Lunatic asylums Punjab 1881-1894 - 1881-1894
Year: 1881
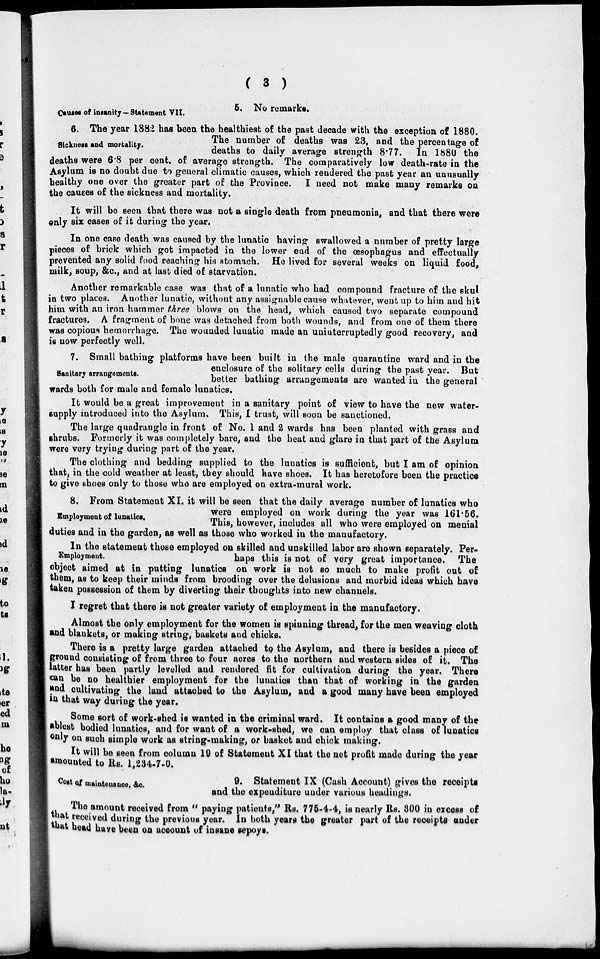
( 3 )
Causes of insanity—Statement VII.
5. No remarks.
Sickness and mortality.
6. The year 1882 has been the healthiest of the past decade with the exception of 1880.
The number of deaths was 23, and the percentage of
deaths to daily average strength 8.77. In 1880 the
deaths were 6.8 per cent. of average strength. The comparatively low death-rate in the
Asylum is no doubt due to general climatic causes, which rendered the past year an unusually
healthy one over the greater part of the Province. I need not make many remarks on
the causes of the sickness and mortality.
It will be seen that there was not a single death from pneumonia, and that there were
only six cases of it during the year.
In one case death was caused by the lunatic having swallowed a number of pretty large
pieces of brick which got impacted in the lower end of the œsophagus and effectually
prevented any solid food reaching his stomach. He lived for several weeks on liquid food,
milk, soup, &c., and at last died of starvation.
Another remarkable case was that of a lunatic who had compound fracture of the skul
in two places. Another lunatic, without any assignable cause whatever, went up to him and hit
him with an iron hammer three blows on the head, which caused two separate compound
fractures. A fragment of bone was detached from both wounds, and from one of them there
was copious hemorrhage. The wounded lunatic made an uninterruptedly good recovery, and
is now perfectly well.
Sanitary arrangements.
7. Small bathing platforms have been built in the male quarantine ward and in the
enclosure of the solitary cells during the past year. But
better bathing arrangements are wanted in the general
wards both for male and female lunatics.
It would be a great improvement in a sanitary point of view to have the new water-
supply introduced into the Asylum. This, I trust, will soon be sanctioned.
The large quadrangle in front of No. 1 and 2 wards has been planted with grass and
shrubs. Formerly it was completely bare, and the heat and glare in that part of the Asylum
were very trying during part of the year.
The clothing and bedding supplied to the lunatics is sufficient, but I am of opinion
that, in the cold weather at least, they should have shoes. It has heretofore been the practice
to give shoes only to those who are employed on extra-mural work.
Employment of lunatics.
8. From Statement XI. it will be seen that the daily average number of lunatics who
were employed on work during the year was 161.56.
This, however, includes all who were employed on menial
duties and in the garden, as well as those who worked in the manufactory.
Employment.
In the statement those employed on skilled and unskilled labor are shown separately. Per-
haps this is not of very great importance. The
object aimed at in putting lunatics on work is not so much to make profit out of
them, as to keep their minds from brooding over the delusions and morbid ideas which have
taken possession of them by diverting their thoughts into new channels.
I regret that there is not greater variety of employment in the manufactory.
Almost the only employment for the women is spinning thread, for the men weaving cloth
and blankets, or making string, baskets and chicks.
There is a pretty large garden attached to the Asylum, and there is besides a piece of
ground consisting of from three to four acres to the northern and western sides of it. The
latter has been partly levelled and rendered fit for cultivation during the year. There
can be no healthier employment for the lunatics than that of working in the garden
and cultivating the land attached to the Asylum, and a good many have been employed
in that way during the year.
Some sort of work-shed is wanted in the criminal ward. It contains a good many of the
ablest bodied lunatics, and for want of a work-shed, we can employ that class of lunatics
only on such simple work as string-making, or basket and chick making.
It will be seen from column 19 of Statement XI that the net profit made during the year
amounted to Rs. 1,234-7-0.
Cost of maintenance, &c.
9. Statement IX (Cash Account) gives the receipts
and the expenditure under various headings.
The amount received from " paying patients," Rs. 775-4-4, is nearly Rs. 300 in excess of
that received during the previous year. In both years the greater part of the receipts under
that head have been on account of insane sepoys.